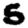
Digit: 5